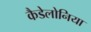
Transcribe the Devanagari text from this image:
कैडेलोनिया